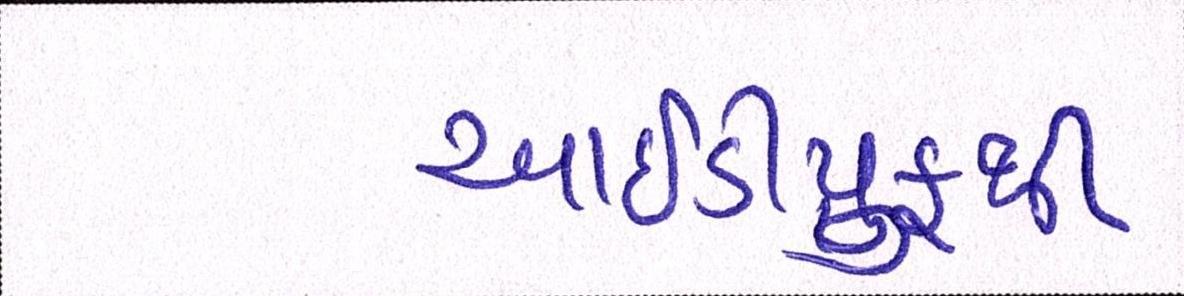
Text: આઇડીપ્રુફથી